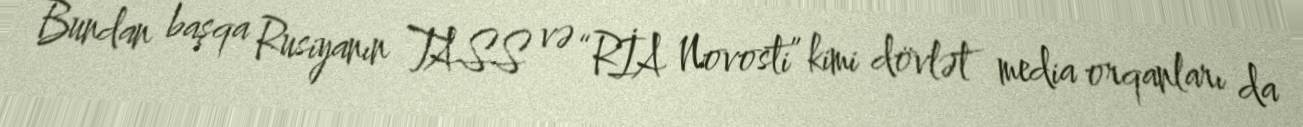
Bundan başqa Rusiyanın TASS və “RİA Novosti” kimi dövlət media orqanları da